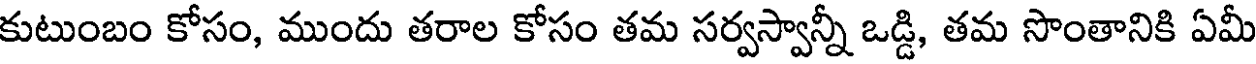
కుటుంబం కోసం, ముందు తరాల కోసం తమ సర్వస్వాన్నీ ఒడ్డి, తమ సొంతానికి ఏమీ